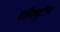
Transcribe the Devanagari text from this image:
पारिक्यूटीन